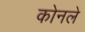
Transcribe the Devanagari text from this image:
कोनले